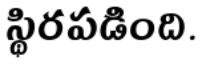
స్థిరపడింది.